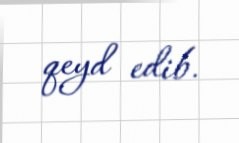
qeyd edib.